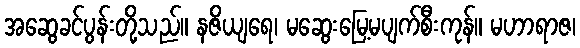
အဆွေခင်ပွန်းတို့သည်။ နဇိယျရေ၊ မဆွေးမြေ့မပျက်စီးကုန်။ မဟာရာဇ၊